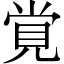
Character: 覚